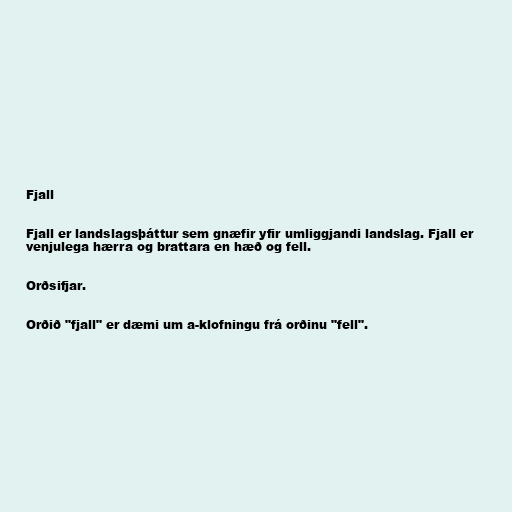
Fjall

Fjall er landslagsþáttur sem gnæfir yfir umliggjandi landslag. Fjall er
venjulega hærra og brattara en hæð og fell.

Orðsifjar.

Orðið "fjall" er dæmi um a-klofningu frá orðinu "fell".